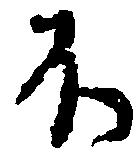
不